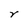
Character: r